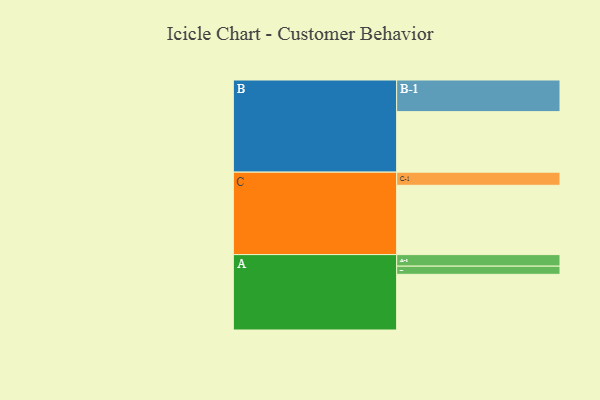
{"axis": {"x": "Segment", "y": "Value"}, "legend": ["", "A", "B", "C"], "data": [{"x": "A", "y": 482, "type": ""}, {"x": "B", "y": 524, "type": ""}, {"x": "C", "y": 600, "type": ""}, {"x": "A-1", "y": 100, "type": "A"}, {"x": "A-2", "y": 71, "type": "A"}, {"x": "B-1", "y": 274, "type": "B"}, {"x": "C-1", "y": 114, "type": "C"}]}